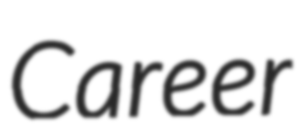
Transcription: Career